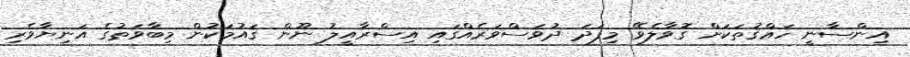
އިންސާނީ ހަޢްޤުތަކަށް ގޮވާލެވޭ މިފަދަ ދުވަސްވަރެއްގައި އިސްރާއީލު ނޫން ޤައުމަކުން މިބާވަތުގެ އަނިޔާވެރި